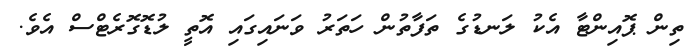
ތިން ޕޮއިންޓާ އެކު ލަނޑުގެ ތަފާތުން ހަތަރު ވަނައިގައި އޮތީ ލުޑޮގޮރެޓްސް އެވެ.